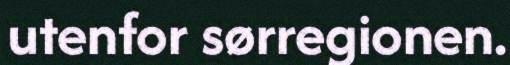
utenfor sørregionen.